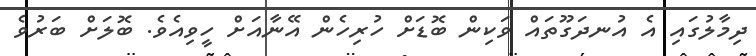
ދިމާލުގައި އެ އުނދަގޫތައް ވަކިން ބޮޑަށް ހުރިހެން އޭނާއަށް ހީވިއެވެ. ބޮލަށް ބަރުވެ